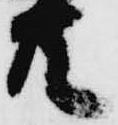
共